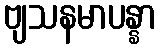
ဗျသနမာပန္နာ